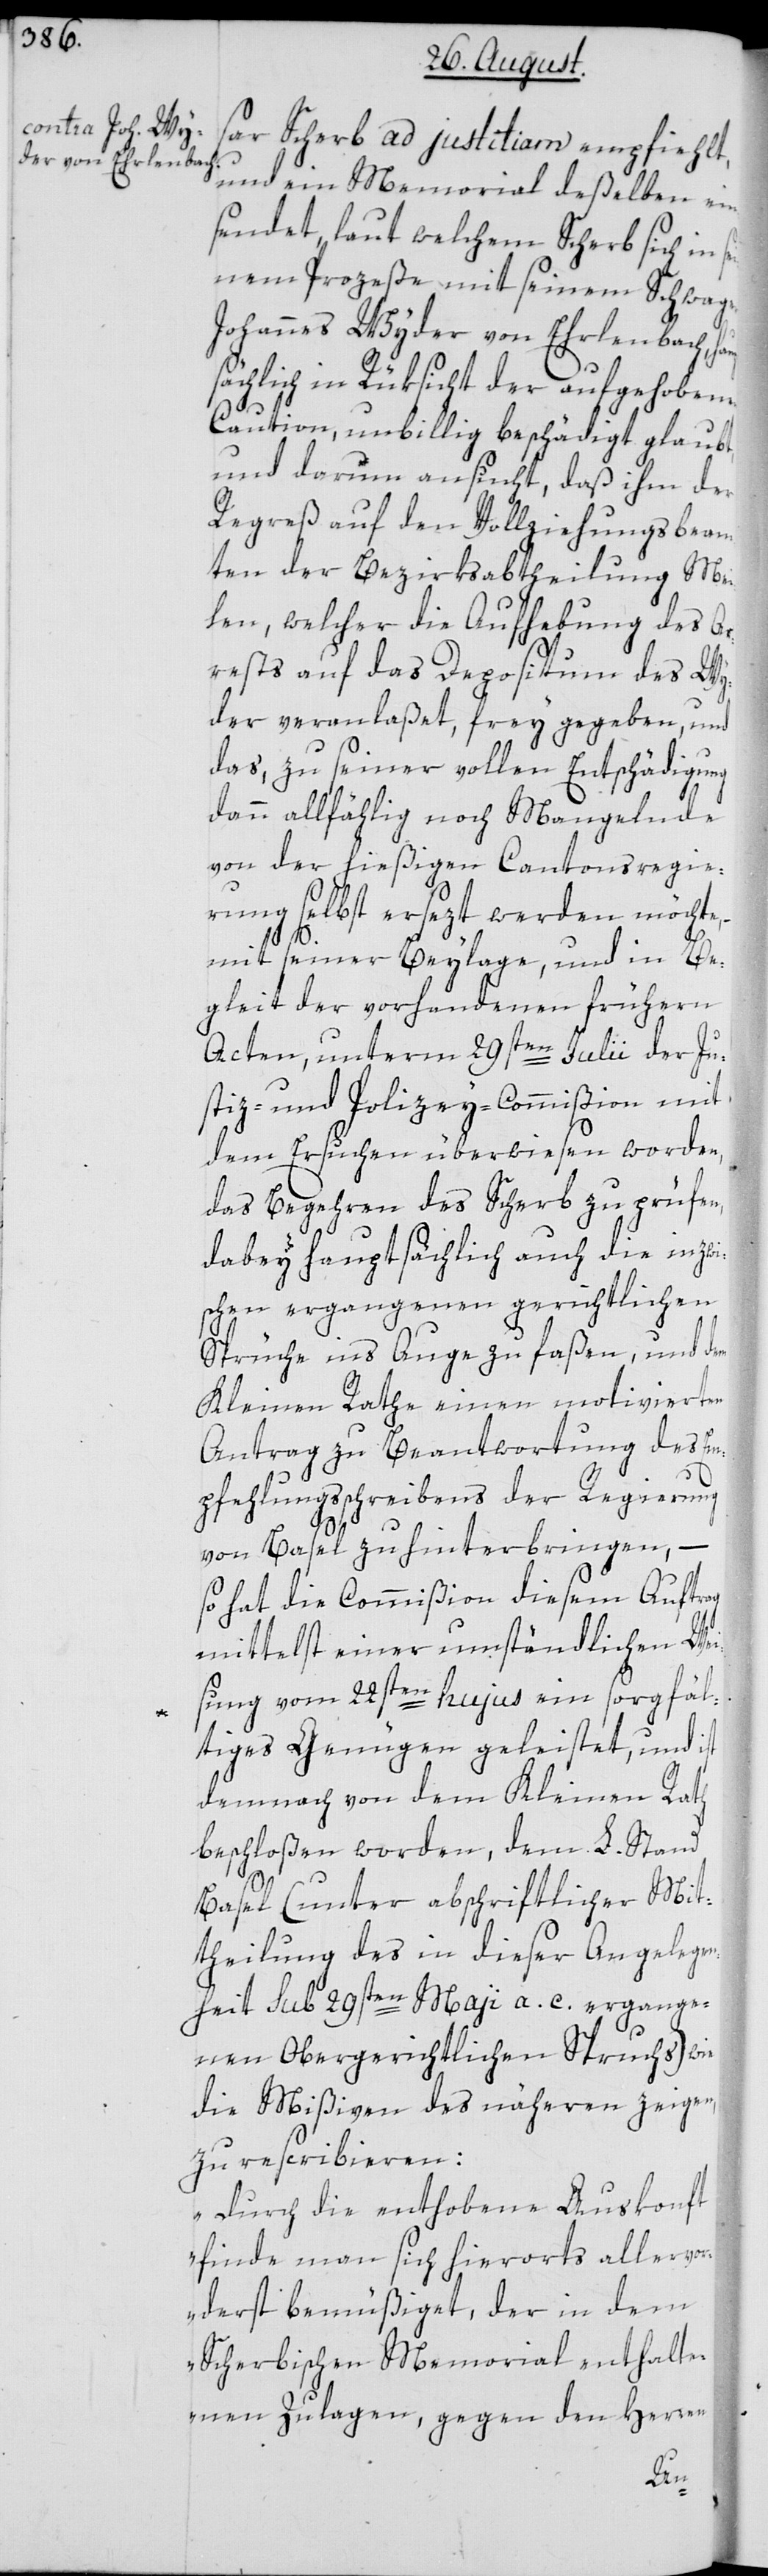
sar Scherb ad justitiam empfiehlt,
und ein Memorial deßelben ein¬
sendet, laut welchem Scherb sich in se¬
inem Prozeße mit seinem Schwager
Johannes Wyder von Erlenbach, ha¬
sächlich in Rüksicht der aufgehobenen
Caution, unbillig beschädigt glaubt,
und darum ansucht, daß ihm der
Regreß auf den Vollziehungsbeam¬
ten der Bezirksabtheilung Mei¬
len, welcher die Aufhebung des Ar¬
rests auf das Depositum des Wy¬
der veranlaßet, frey gegeben, und
das, zu seiner vollen Entschädigung
dann allfählig noch Mangelnde
von der hießigen Cantonsregie¬
rung selbst ersezt werden möchte,
mit seiner Beylage, und in Be¬
gleit der vorhandenen frühern
Acten, unterm 29sten Julii der Ju¬
stiz- und Polizey-Commißion mit
dem Ersuchen überwiesen worden,
das Begehren des Scherb zu prüfen,
dabey hauptsächlich auch die inzwi¬
schen ergangenen gerichtlichen
Sprüche ins Auge zu faßen, und dem
Kleinen Rathe einen motivierten
Antrag zu Beantwortung des Em¬
pfehlungsschreibens der Regierung
von Basel zu hinterbringen, –
so hat die Commißion diesem Auftrag
mittelst einer umständlichen Wei¬
sung vom 22sten hujus ein sorgfäl¬
tiges Genügen geleistet, und ist
demnach von dem Kleinen Rath
beschloßen worden, dem L. Stand
Basel (unter abschriftlicher Mit¬
theilung des in dieser Angelegen¬
heit sub 29sten Maji a. c. ergange¬
nen Obergerichtlichen Spruchs) wie
die Mißiven des nähern zeigen,
zu rescribieren:
„Durch die enthobene Auskonft
finde man sich hierorts allervor¬
derst bemüßiget, der in dem
Scherbischen Memorial enthalte¬
nen Zulagen, gegen den Herren
upt¬